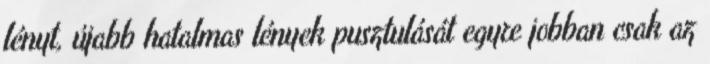
lényt, újabb hatalmas lények pusztulását egyre jobban csak az